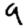
Digit: 9